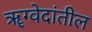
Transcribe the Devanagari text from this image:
ॠग्वेदांतील